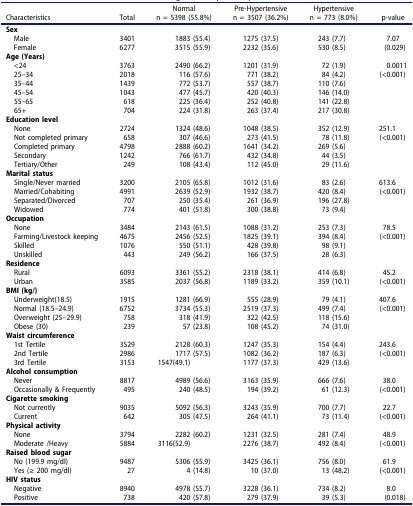
<table><thead><tr><td><b>Characteristics</b></td><td><b>Total</b></td><td><b>Normaln = 5398 (55.8%)</b></td><td><b>Pre-Hypertensiven = 3507 (36.2%)</b></td><td><b>Hypertensiven = 773 (8.0%)</b></td><td><b>p-value</b></td></tr></thead><tbody><tr><td><b>Sex</b></td><td> </td><td> </td><td> </td><td> </td><td> </td></tr><tr><td> Male</td><td>3401</td><td>1883 (55.4)</td><td>1275 (37.5)</td><td>243 (7.7)</td><td>7.07</td></tr><tr><td> Female</td><td>6277</td><td>3515 (55.9)</td><td>2232 (35.6)</td><td>530 (8.5)</td><td>(0.029)</td></tr><tr><td><b>Age (Years)</b></td><td> </td><td> </td><td> </td><td> </td><td> </td></tr><tr><td> &lt;24</td><td>3763</td><td>2490 (66.2)</td><td>1201 (31.9)</td><td>72 (1.9)</td><td>0.0011</td></tr><tr><td> 25–34</td><td>2018</td><td>116 (57.6)</td><td>771 (38.2)</td><td>84 (4.2)</td><td>(&lt;0.001)</td></tr><tr><td> 35–44</td><td>1439</td><td>772 (53.7)</td><td>557 (38.7)</td><td>110 (7.6)</td><td> </td></tr><tr><td> 45–54</td><td>1043</td><td>477 (45.7)</td><td>420 (40.3)</td><td>146 (14.0)</td><td> </td></tr><tr><td> 55–65</td><td>618</td><td>225 (36.4)</td><td>252 (40.8)</td><td>141 (22.8)</td><td> </td></tr><tr><td> 65+</td><td>704</td><td>224 (31.8)</td><td>263 (37.4)</td><td>217 (30.8)</td><td> </td></tr><tr><td><b>Education level</b></td><td> </td><td> </td><td> </td><td> </td><td> </td></tr><tr><td> None</td><td>2724</td><td>1324 (48.6)</td><td>1048 (38.5)</td><td>352 (12.9)</td><td>251.1</td></tr><tr><td> Not completed primary</td><td>658</td><td>307 (46.6)</td><td>273 (41.5)</td><td>78 (11.8)</td><td>(&lt;0.001)</td></tr><tr><td> Completed primary</td><td>4798</td><td>2888 (60.2)</td><td>1641 (34.2)</td><td>269 (5.6)</td><td> </td></tr><tr><td> Secondary</td><td>1242</td><td>766 (61.7)</td><td>432 (34.8)</td><td>44 (3.5)</td><td> </td></tr><tr><td> Tertiary/Other</td><td>249</td><td>108 (43.4)</td><td>112 (45.0)</td><td>29 (11.6)</td><td> </td></tr><tr><td><b>Marital status</b></td><td> </td><td> </td><td> </td><td> </td><td> </td></tr><tr><td> Single/Never married</td><td>3200</td><td>2105 (65.8)</td><td>1012 (31.6)</td><td>83 (2.6)</td><td>613.6</td></tr><tr><td> Married/Cohabiting</td><td>4991</td><td>2639 (52.9)</td><td>1932 (38.7)</td><td>420 (8.4)</td><td>(&lt;0.001)</td></tr><tr><td> Separated/Divorced</td><td>707</td><td>250 (35.4)</td><td>261 (36.9)</td><td>196 (27.8)</td><td> </td></tr><tr><td> Widowed</td><td>774</td><td>401 (51.8)</td><td>300 (38.8)</td><td>73 (9.4)</td><td> </td></tr><tr><td><b>Occupation</b></td><td> </td><td> </td><td> </td><td> </td><td> </td></tr><tr><td> None</td><td>3484</td><td>2143 (61.5)</td><td>1088 (31.2)</td><td>253 (7.3)</td><td>78.5</td></tr><tr><td> Farming/Livestock keeping</td><td>4675</td><td>2456 (52.5)</td><td>1825 (39.1)</td><td>394 (8.4)</td><td>(&lt;0.001)</td></tr><tr><td> Skilled</td><td>1076</td><td>550 (51.1)</td><td>428 (39.8)</td><td>98 (9.1)</td><td> </td></tr><tr><td> Unskilled</td><td>443</td><td>249 (56.2)</td><td>166 (37.5)</td><td>28 (6.3)</td><td> </td></tr><tr><td><b>Residence</b></td><td> </td><td> </td><td> </td><td> </td><td> </td></tr><tr><td> Rural</td><td>6093</td><td>3361 (55.2)</td><td>2318 (38.1)</td><td>414 (6.8)</td><td>45.2</td></tr><tr><td> Urban</td><td>3585</td><td>2037 (56.8)</td><td>1189 (33.2)</td><td>359 (10.1)</td><td>(&lt;0.001)</td></tr><tr><td><b>BMI (kg/)</b></td><td> </td><td> </td><td> </td><td> </td><td> </td></tr><tr><td> Underweight(18.5)</td><td>1915</td><td>1281 (66.9)</td><td>555 (28.9)</td><td>79 (4.1)</td><td>407.6</td></tr><tr><td> Normal (18.5–24.9)</td><td>6752</td><td>3734 (55.3)</td><td>2519 (37.3)</td><td>499 (7.4)</td><td>(&lt;0.001)</td></tr><tr><td> Overweight (25–29.9)</td><td>758</td><td>318 (41.9)</td><td>322 (42.5)</td><td>118 (15.6)</td><td> </td></tr><tr><td> Obese (30)</td><td>239</td><td>57 (23.8)</td><td>108 (45.2)</td><td>74 (31.0)</td><td> </td></tr><tr><td><b>Waist circumference</b></td><td> </td><td> </td><td> </td><td> </td><td> </td></tr><tr><td> 1st Tertile</td><td>3529</td><td>2128 (60.3)</td><td>1247 (35.3)</td><td>154 (4.4)</td><td>243.6</td></tr><tr><td> 2nd Tertile</td><td>2986</td><td>1717 (57.5)</td><td>1082 (36.2)</td><td>187 (6.3)</td><td>(&lt;0.001)</td></tr><tr><td> 3rd Tertile</td><td>3153</td><td>1547(49.1)</td><td>1177 (37.3)</td><td>429 (13.6)</td><td> </td></tr><tr><td><b>Alcohol consumption</b></td><td> </td><td> </td><td> </td><td> </td><td> </td></tr><tr><td> Never</td><td>8817</td><td>4989 (56.6)</td><td>3163 (35.9)</td><td>666 (7.6)</td><td>38.0</td></tr><tr><td> Occasionally &amp; Frequently</td><td>495</td><td>240 (48.5)</td><td>194 (39.2)</td><td>61 (12.3)</td><td>(&lt;0.001)</td></tr><tr><td><b>Cigarette smoking</b></td><td> </td><td> </td><td> </td><td> </td><td> </td></tr><tr><td> Not currently</td><td>9035</td><td>5092 (56.3)</td><td>3243 (35.9)</td><td>700 (7.7)</td><td>22.7</td></tr><tr><td> Current</td><td>642</td><td>305 (47.5)</td><td>264 (41.1)</td><td>73 (11.4)</td><td>(&lt;0.001)</td></tr><tr><td><b>Physical activity</b></td><td> </td><td> </td><td> </td><td> </td><td> </td></tr><tr><td> None</td><td>3794</td><td>2282 (60.2)</td><td>1231 (32.5)</td><td>281 (7.4)</td><td>48.9</td></tr><tr><td> Moderate /Heavy</td><td>5884</td><td>3116(52.9)</td><td>2276 (38.7)</td><td>492 (8.4)</td><td>(&lt;0.001)</td></tr><tr><td><b>Raised blood sugar</b></td><td> </td><td> </td><td> </td><td> </td><td> </td></tr><tr><td> No (199.9 mg/dl)</td><td>9487</td><td>5306 (55.9)</td><td>3425 (36.1)</td><td>756 (8.0)</td><td>61.9</td></tr><tr><td> Yes (≥ 200 mg/dl)</td><td>27</td><td>4 (14.8)</td><td>10 (37.0)</td><td>13 (48.2)</td><td>(&lt;0.001)</td></tr><tr><td><b>HIV status</b></td><td> </td><td> </td><td> </td><td> </td><td> </td></tr><tr><td> Negative</td><td>8940</td><td>4978 (55.7)</td><td>3228 (36.1)</td><td>734 (8.2)</td><td>8.0</td></tr><tr><td> Positive</td><td>738</td><td>420 (57.8)</td><td>279 (37.9)</td><td>39 (5.3)</td><td>(0.018)</td></tr></tbody></table>